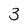
Character: 3